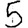
Digit: 5